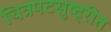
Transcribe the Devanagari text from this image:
चित्रपटसुष्ट्रीत